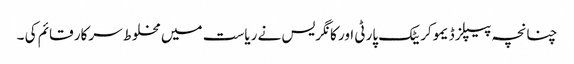
چنانچہ پیپلز ڈیموکریٹک پارٹی اور کانگریس نے ریاست میں مخلوط سرکار قائم کی ۔